65_HS1-834228961_62-HQ-83894_Section_4
Agency: FBI
Page 103
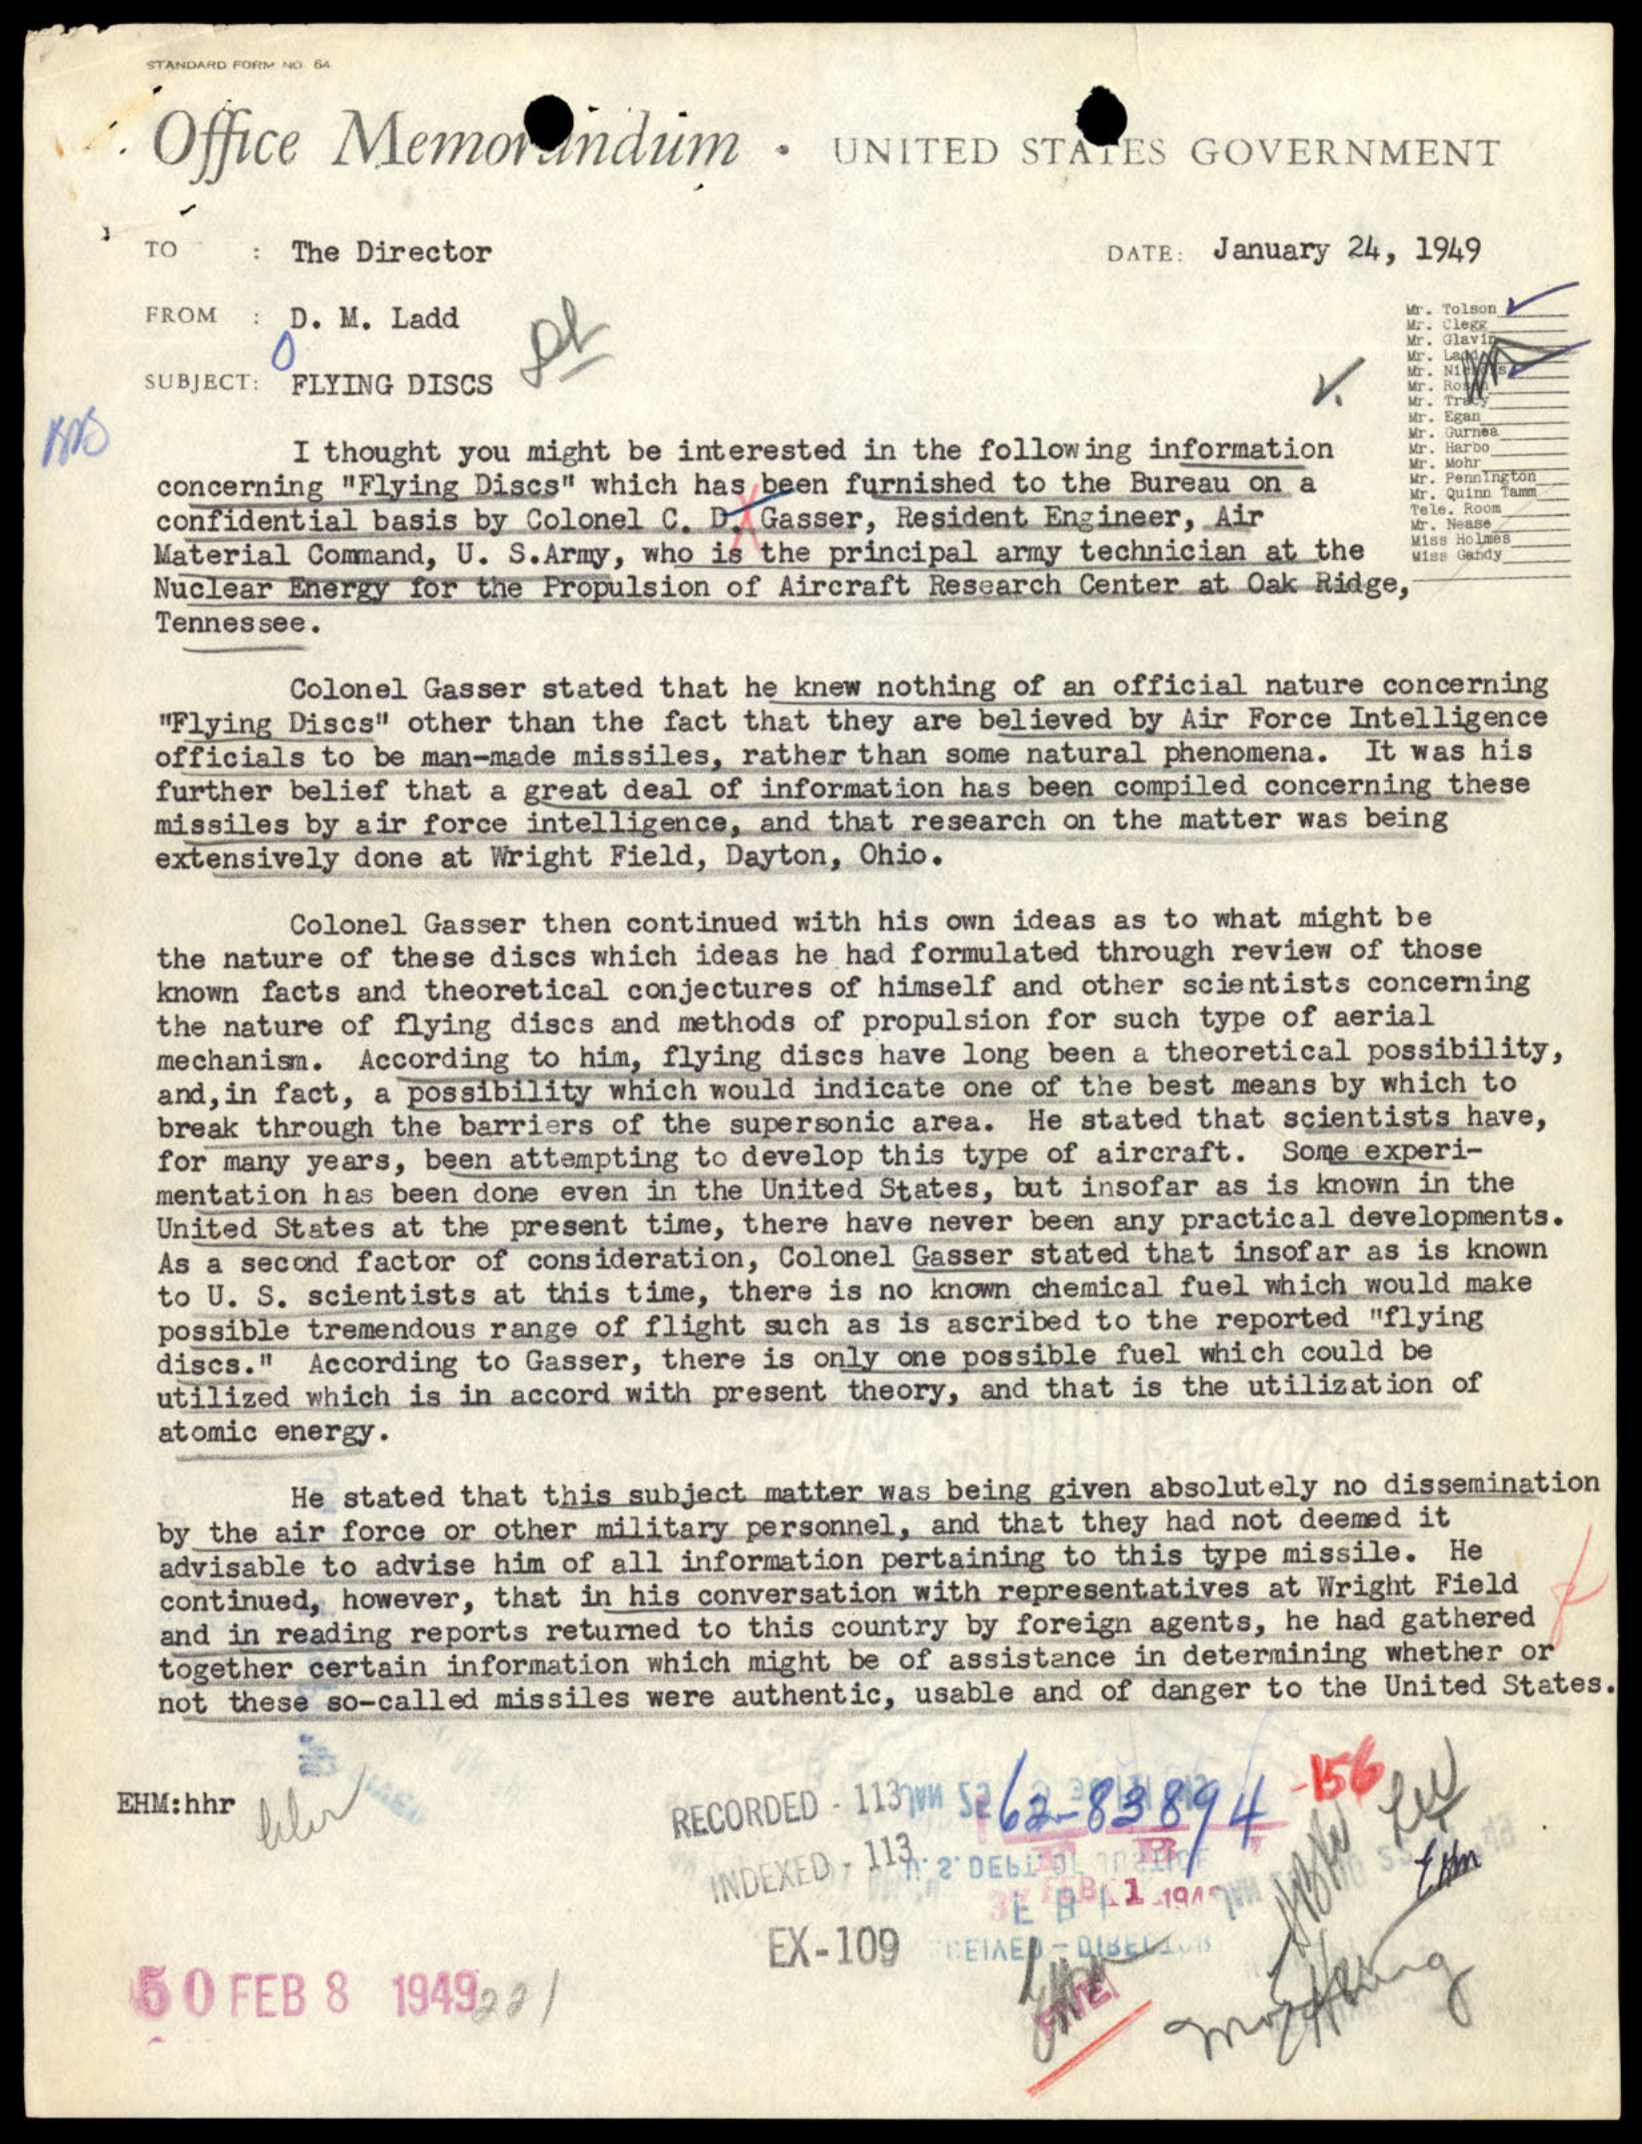